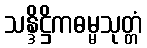
သန္ဒိဋ္ဌိကဓမ္မသုတ္တံ